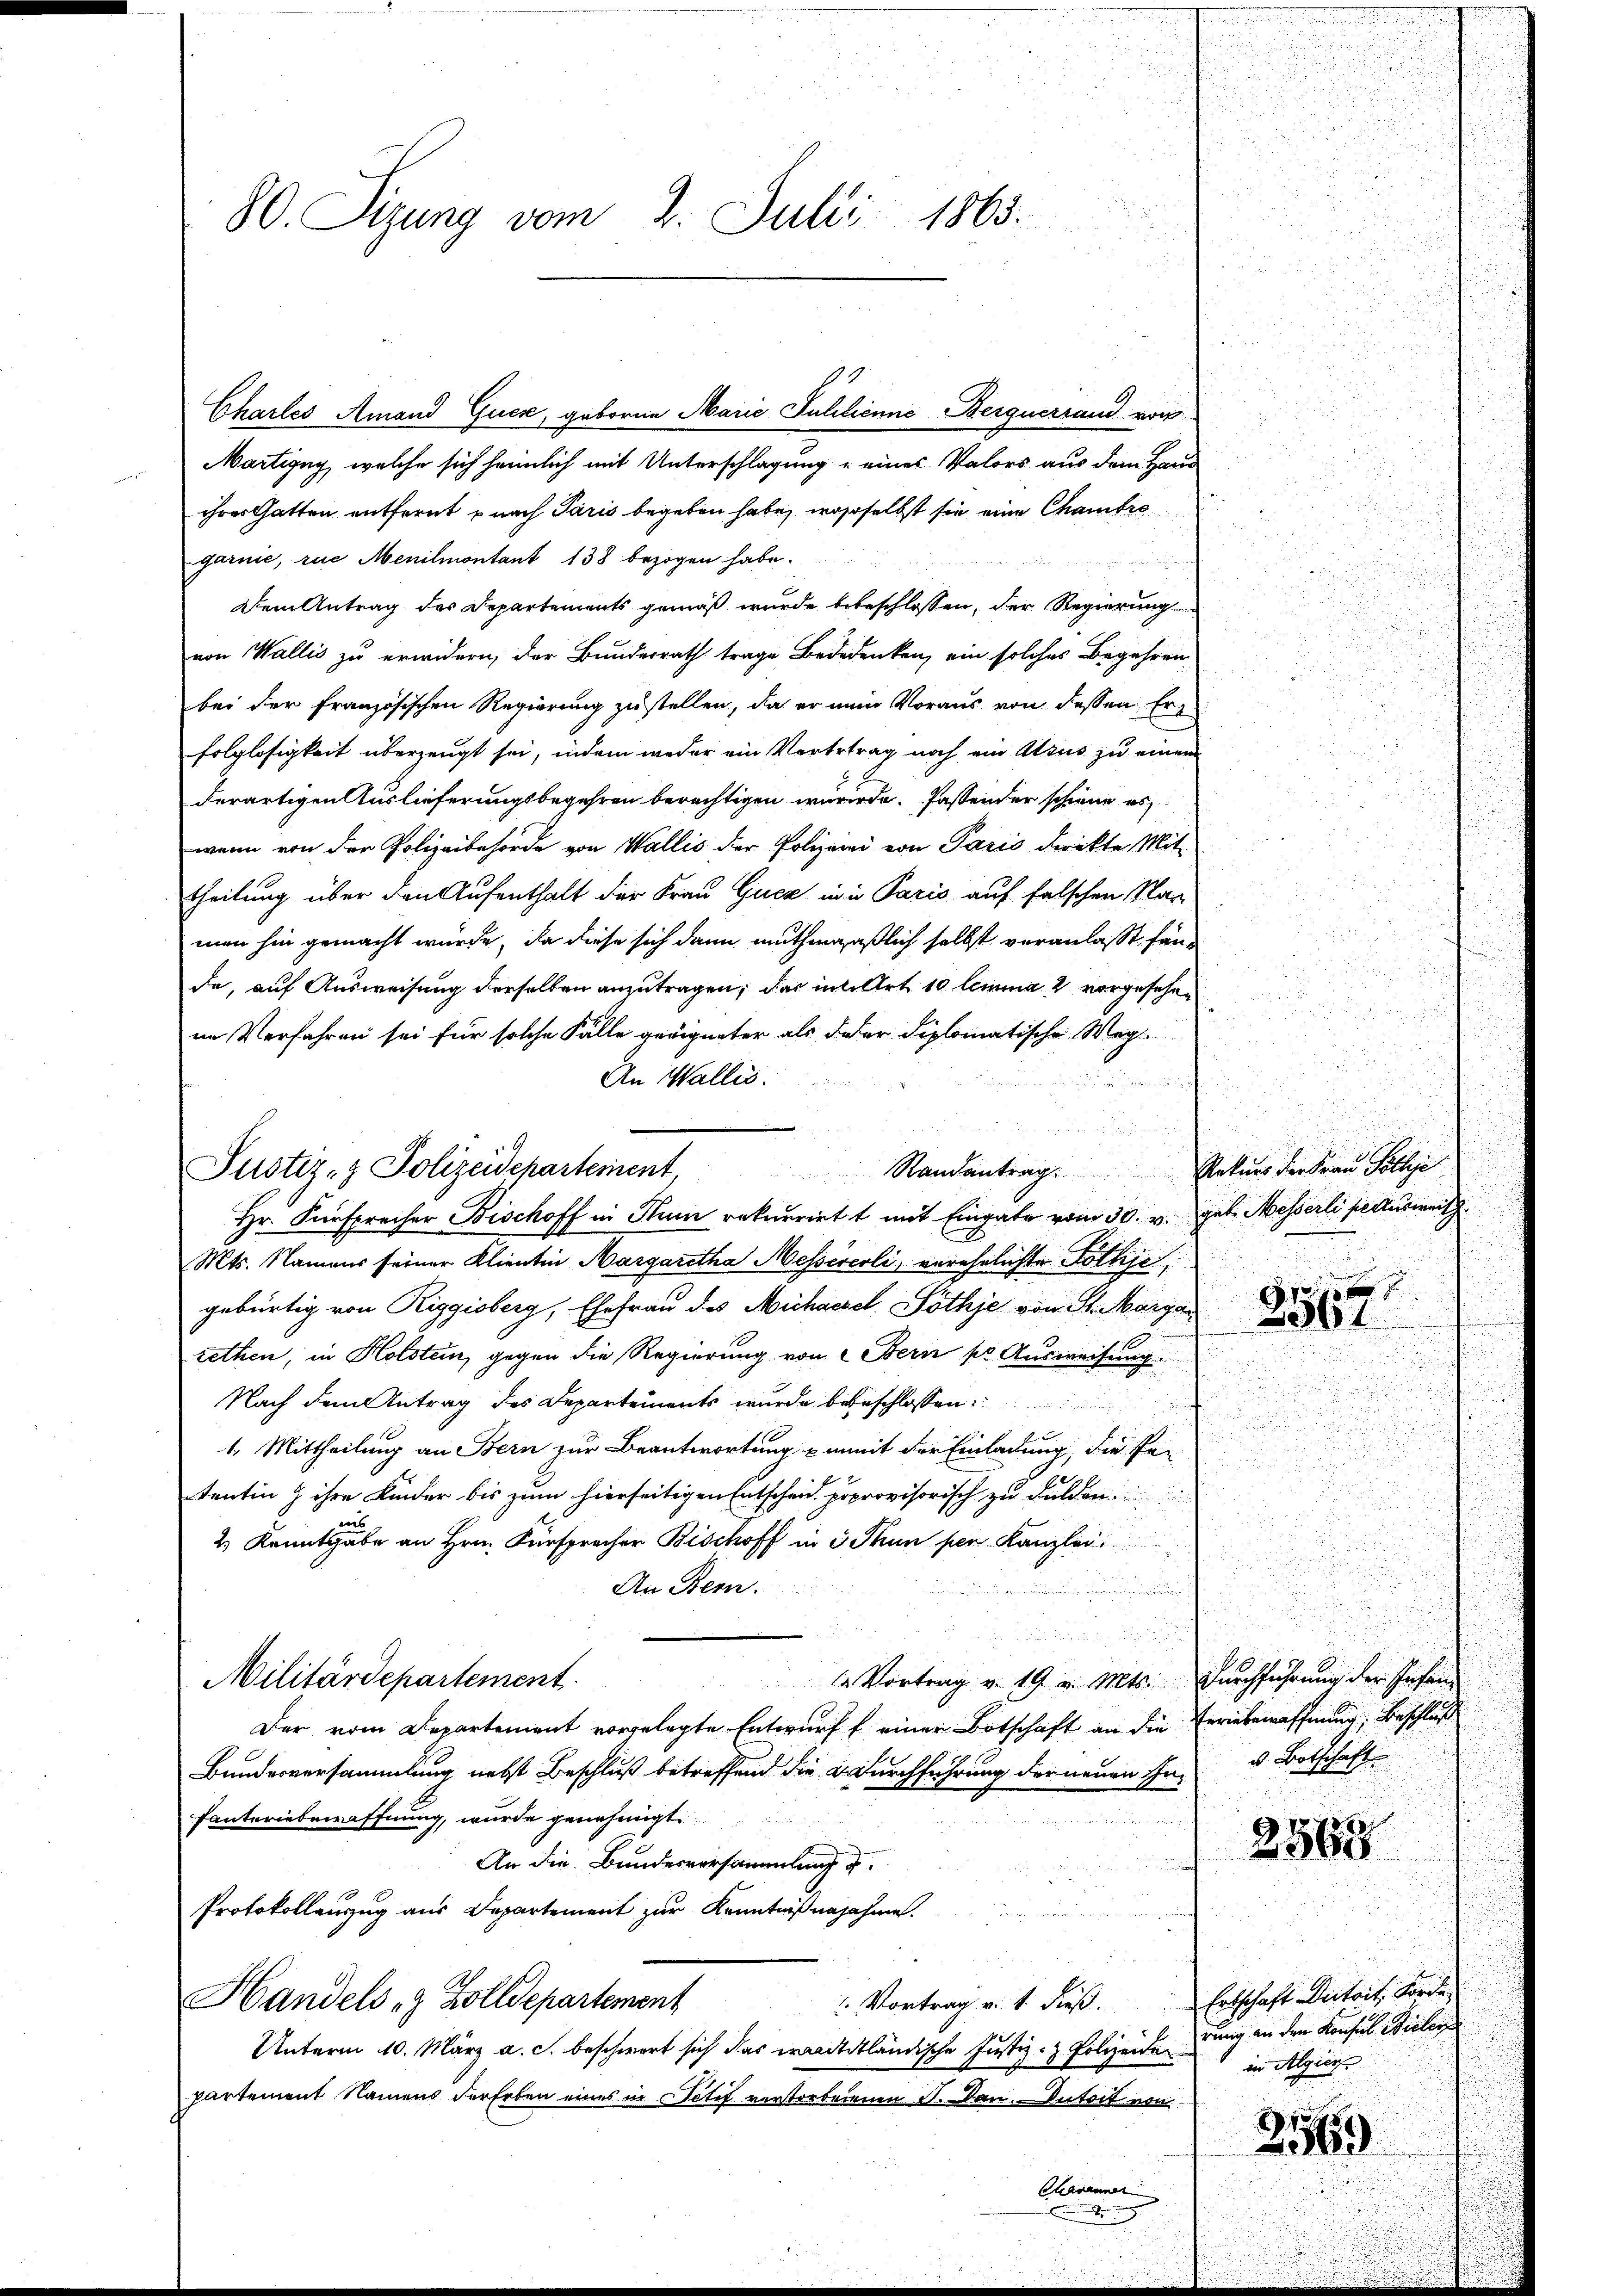
Martigny, welche sich heimlich mit Unterschlagung u eines Valors aus dem Hand
ihres Gatten entfernt u nach Paris begeben habe, wasselbst sie eine Chambre
garnie, rue Menilmontant 138 bezogen habe.
F
Dem Antrag des Departements gemäß wurde bebeschlossen, der Regierung
von Wallis zu erwidern, der Bundesrath trage Bededenken, ein solches Begehren-
bei der französischen Regierung zu stellen, da er nein Voraus von dessen Erfolglosigkeit überzeugt sei, indem weder ein Vertrtrag noch ein Usus zu einem
derartigen Auslieferungsbegehren berechtigen wurde. Fastender schiene es
wenn von der Polizeibehörde von Wallis der Polizei von Paris direkte Mit
theilung über den Aufenthalt der Frau Gucz in in Paris auf falschen Nan
men hin gemacht würde, da diese sich dann muthengaßlich selbst veranlaßt fände, auf Ausweisung derselben anzutragen, das inte Art 10 lemma 2 vorgesehen
u
im Verfahren sei für solche Fälle geeigneter als daher diplomatische Weg¬
An Wallis.
d
.
Hr. Fürsprecher Bischoff in Nun rekurriett mit Eingabe vom 30. v. geb. Messerli peausweil
Mts. Namens seiner Klientin Margaretha Messereoli, verehelichte Fothje
gebürtig von Riggisberg, Ehefrau des Michaezel Pöthje von St. Margar
rethen, in Holstein, gegen die Regierung von Bern pr Ausweisung
Nach dem Antrag des Departements wurde bebeschlossen:
n
1. Mittheilung an Bern zur Beantwortung ein mit der Einladung, die fei
tentin & ihre Kinder bis zum hierseitigen Entscheid prprovisorisch zu dulden.
s
2 Kanntgabe an Hrn. Fürspracher Bischoff in 3 Thun per Kanzlei.
i
An Bern.

Militärdepartement
1 Vortrag v. 19. v. Mts. Durchführung der Eisen
Der vom Departement vorgelegte Entwurf f einer Botschaft an die Erwiebenaffnung, Beschluß
Bundesversammlung nebst Beschluß betreffend die a. Durchführung der neuen In- u Botschaft
fanteriebewaffnung, wurde genehmigt.
An die Bundesversammlung u.
Protokollauszug aus Departement zur Kenntnißnajahme.
Handels- & Zolldepartement
 Vortrag v. 1. dieß.
Unterm 10. März a. c. beschwert sich das waadtländische Justiz- & Polizeiden
partement Namens der Erben eines in Petif verstorbenenen S. Dan. Dutoit von
Charinner

Justiz- & Polizeidepartement Randantrag. Rekŭrs der Fraŭ Pothja

80. Sizung vom 2. Juli 1865.

Charles Amand Guck, geboren Marie Pulilienne Berguerraud von

.

.

2563

.

Erbschaft Vertrit, Forde

rung an den Konsul Bielen
in Algier

E
2369